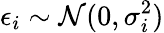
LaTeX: \epsilon_{i}\sim\mathcal{N}(0,\sigma_{i}^{2})